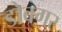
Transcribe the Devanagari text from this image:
डोवगर